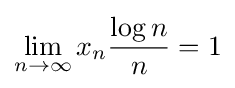
\lim _{n\to \infty }x_{n}{\frac {\log n}{n}}=1